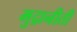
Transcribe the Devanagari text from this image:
मुद्रानीती